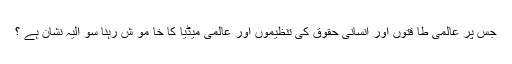
جس پر عالمی طا قتوں اور انسانی حقوق کی تنظیموں اور عالمی میڈیا کا خا مو ش رہنا سو الیہ نشان ہے ؟